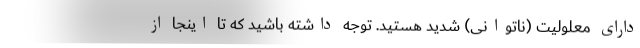
دارای معلولیت (ناتوانی) شدید هستید. توجه داشته باشید که تا اینجا از